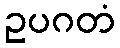
ဥပဂတံ